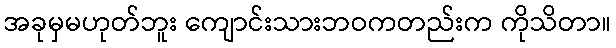
အခုမှမဟုတ်ဘူး ကျောင်းသားဘဝကတည်းက ကိုသိတာ။